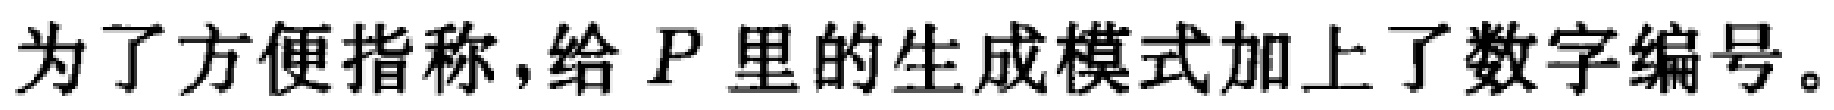
为了方便指称,给 \(P\) 里的生成模式加上了数字编号。